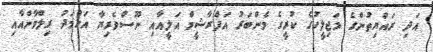
އަދި ރައްޔިތުންގެ މަޖިލީހުގެ ކުރީގެ މެންބަރު އަފްރާޝީމް އަލީއާއި ނޫސްވެރިޔާ އަހްމަދު ރިލްވާންއާއި